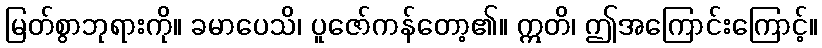
မြတ်စွာဘုရားကို။ ခမာပေသိ၊ ပူဇော်ကန်တော့၏။ ဣတိ၊ ဤအကြောင်းကြောင့်။